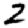
Digit: 2